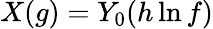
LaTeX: X(g)=Y_{0}(h\ln f)